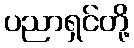
ပညာရှင်တို့